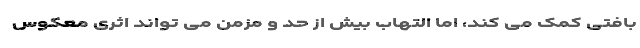
بافتی کمک می کند، اما التهاب بیش از حد و مزمن می تواند اثری معکوس